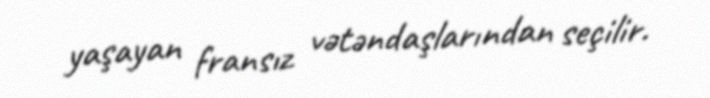
yaşayan fransız vətəndaşlarından seçilir.